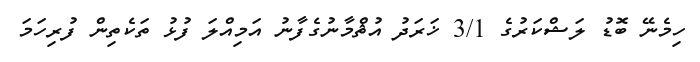
ހިމެނޭ ބޮޑު ލަޝްކަރުގެ 3/1 ޚަރަދު އުޘްމާނުގެފާނު އަމިއްލަ ފުޅު ތަކެތިން ފުރިހަމަ